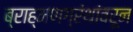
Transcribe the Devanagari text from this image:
ब्राह्मणग्रंथांवरून